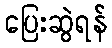
ပြေးဆွဲရန်